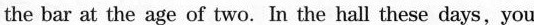
the bar at the age of two. In the hall these days , you